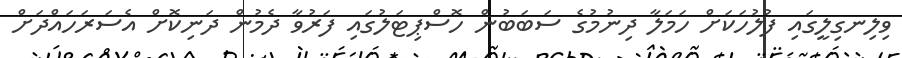
ވިލިނގިލީގައި ފުލުހަކަށް ހަމަލާ ދިނުމުގެ ސަބަބުން ހޮސްޕިޓަލުގައި ފަރުވާ ދެމުން ދަނިކޮށް އެސަރަހައްދަށް